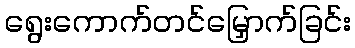
ရွေးကောက်တင်မြှောက်ခြင်း